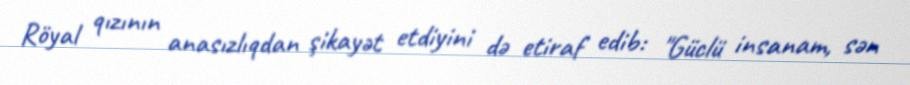
Röyal qızının anasızlıqdan şikayət etdiyini də etiraf edib: "Güclü insanam, sən